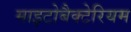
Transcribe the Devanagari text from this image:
माइटोबैक्टेरियम